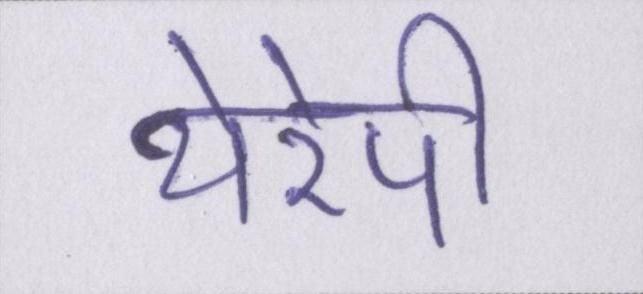
थेरेपी